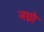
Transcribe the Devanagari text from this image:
नग्नो